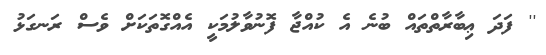
'' ފަދަ ޢިބާރާތްތައް ބުނެ އެ ކުއްޖާ ފޮނުވާލުމަކީ އެއްގޮތަކަށް ވެސް ރަނގަޅު